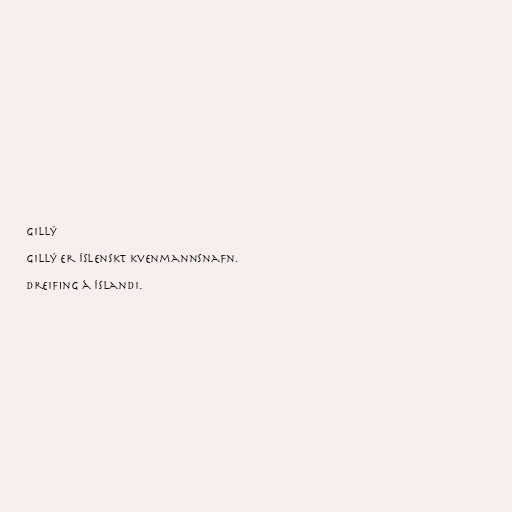
Gillý

Gillý er íslenskt kvenmannsnafn.

Dreifing á Íslandi.